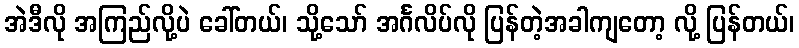
အဲဒီလို အကြည်လို့ပဲ ခေါ်တယ်၊ သို့သော် အင်္ဂလိပ်လို ပြန်တဲ့အခါကျတော့ လို့ ပြန်တယ်၊